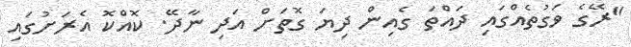
"ރޭގެ ވަގުތެއްގައި ދައްތަ ގެއިން ދިޔަ ގޮތަށް އަދި ނާދޭ. ކޮއްކޮ އެރަށުގައި